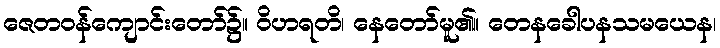
ဇေတဝန်ကျောင်းတော်၌။ ဝိဟရတိ၊ နေတော်မူ၏။ တေနခေါပနသမယေန၊